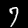
Label: 7